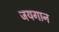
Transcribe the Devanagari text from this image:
जयगान